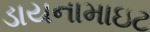
ડાયનામાઇટ